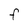
Character: F